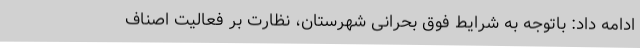
ادامه داد: باتوجه به شرایط فوق بحرانی شهرستان، نظارت بر فعالیت اصناف